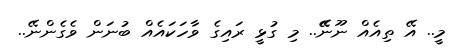
މީ.. އޭ ތިއެއް ނޫނޭޭ.. މި ގުޅީ ރައިގެ ވާހަކައެއް ބުނަން ވެގެންނޭ..